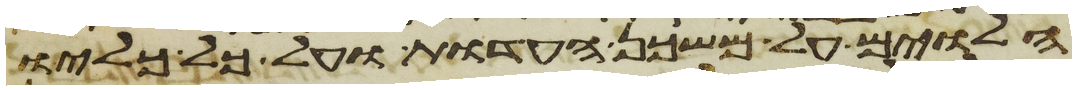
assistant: הלוים על משכן העדות ועל כל כליו